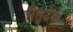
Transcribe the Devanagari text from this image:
रिलुटेक